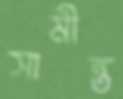
সামীন্ত